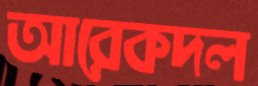
আরেকদল